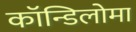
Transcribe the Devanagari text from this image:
कॉन्डिलोमा